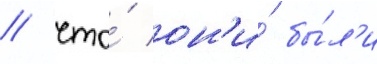
/ что́ он'и́ бы́л'и